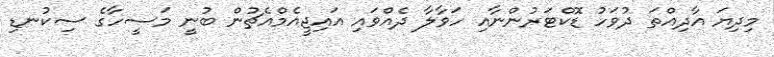
މިދިޔަ އާދިއްތަ ދުވަހު ޑޮކްޓަރުންނާއި ހަވާލާ ދެއްވައި އައިޖީއެމްއެޗުން ބުނީ މަސީހާގެ ސިކުނޑި